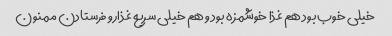
خیلی خوب بود هم غذا خوشمزه بود و هم خیلی سریع غذارو فرستادن ممنون